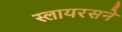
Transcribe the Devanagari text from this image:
स्लायरसने